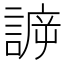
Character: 𧩯